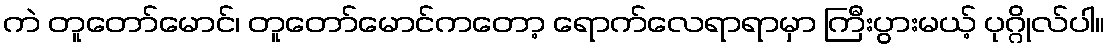
ကဲ တူတော်မောင်၊ တူတော်မောင်ကတော့ ရောက်လေရာရာမှာ ကြီးပွားမယ့် ပုဂ္ဂိုလ်ပါ။